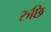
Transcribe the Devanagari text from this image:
रुछि